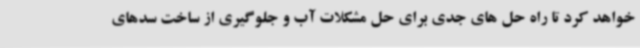
خواهد کرد تا راه حل های جدی برای حل مشکلات آب و جلوگیری از ساخت سدهای